Report on vaccination in Madras 1877-1894 - 1877-1894
Year: 1877
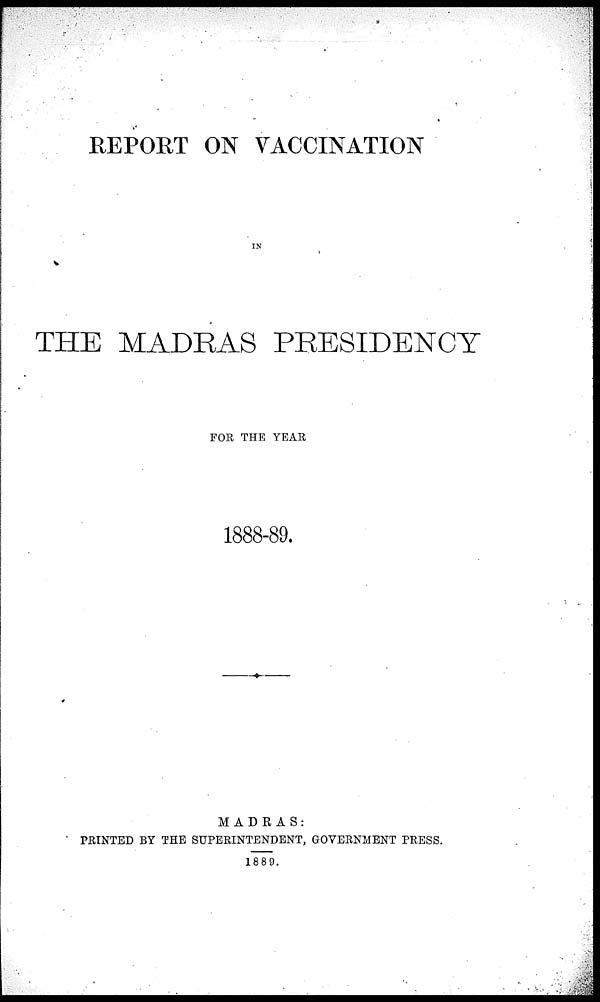
REPORT ON VACCINATION
IN
THE MADRAS PRESIDENCY
FOR THE YEAR
1888-89.
MADRAS:
PRINTED BY THE SUPERINTENDENT, GOVERNMENT PRESS.
1889.